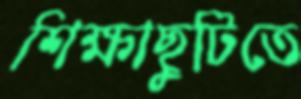
শিক্ষাছুটিতে